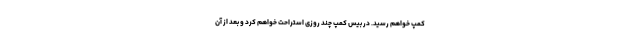
کمپ خواهم رسید. در بیس کمپ چند روزی استراحت خواهم کرد و بعد از آن